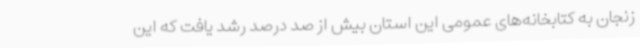
زنجان به کتابخانه‌های عمومی این استان بیش از صد درصد رشد یافت که این